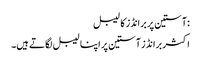
:آستین پر برانڈز کا لیبل
اکثر برانڈز آستین پر اپنا لیبل لگاتے ہیں۔